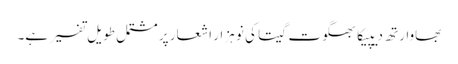
بھاوارتھ دیپیکا بھگوت گیتا کی نو ہزار اشعار پر مشتمل طویل تفسیر ہے۔